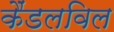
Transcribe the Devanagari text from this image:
कैंडलविल